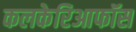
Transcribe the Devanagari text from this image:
कलकेरिआफॉस